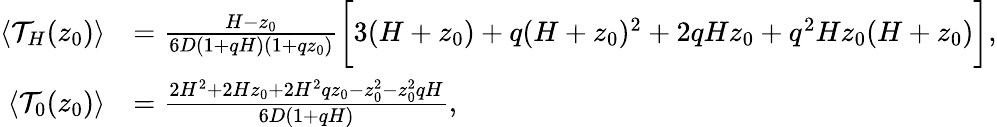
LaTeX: \begin{array}{rl}{\langle\mathcal{T}_{H}(z_{0})\rangle}&{=\frac{H-z_{0}}{6D(1+qH)(1+qz_{0})}\biggl[3(H+z_{0})+q(H+z_{0})^{2}+2qHz_{0}+q^{2}Hz_{0}(H+z_{0})\biggr],}\\ {\langle\mathcal{T}_{0}(z_{0})\rangle}&{=\frac{2H^{2}+2Hz_{0}+2H^{2}qz_{0}-z_{0}^{2}-z_{0}^{2}qH}{6D(1+qH)},}\end{array}